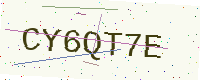
Text: CY6QT7E